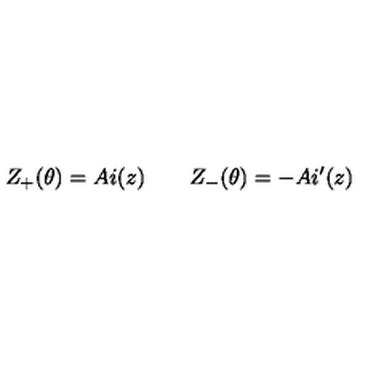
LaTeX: Z _ { + } ( \theta ) = A i ( z ) \qquad Z _ { - } ( \theta ) = - A i ^ { \prime } ( z )